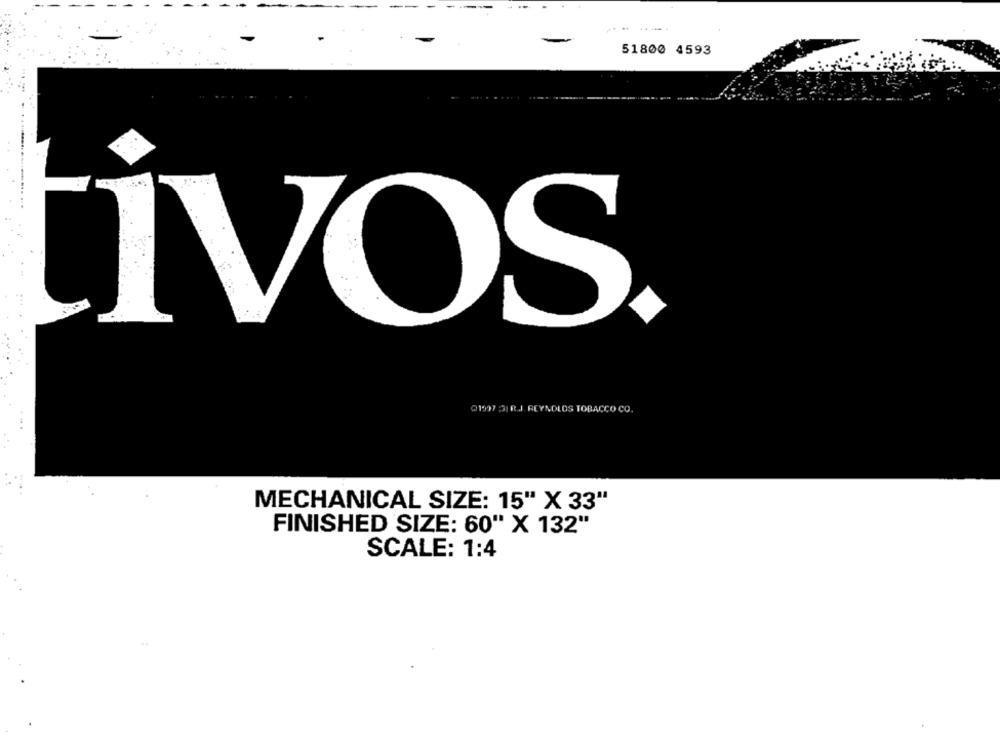
-
51800 4593
ÍvOS
21997 3|R.J. REYNOLDS TOBACCO CO.
MECHANICAL SIZE: 15" X 33"
FINISHED SIZE: 60" X 132"
SCALE: 1:4